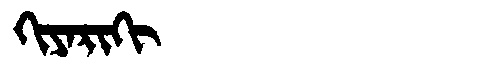
Manchu: ᡴᡳᠶᠠᡵᡳᡴᡳ
Romanization: KIYARIKI